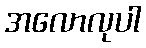
အလောလုပါ